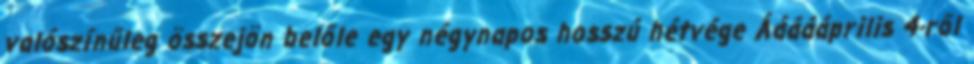
valószínűleg összejön belőle egy négynapos hosszú hétvége Áááááprilis 4-ről